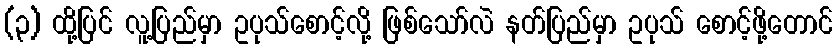
(၃) ထို့ပြင် လူ့ပြည်မှာ ဥပုသ်စောင့်လို့ ဖြစ်သော်လဲ နတ်ပြည်မှာ ဥပုသ် စောင့်ဖို့တောင်